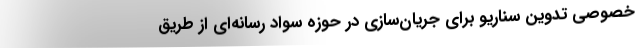
خصوصی تدوین سناریو برای جریان‌سازی در حوزه سواد رسانه­‌ای از طریق